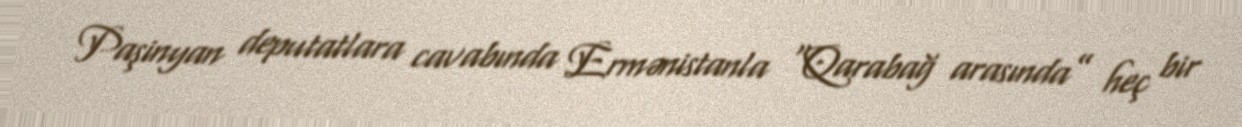
Paşinyan deputatlara cavabında Ermənistanla “Qarabağ arasında” heç bir